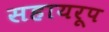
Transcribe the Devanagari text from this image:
सहायरूप